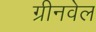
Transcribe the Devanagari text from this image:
ग्रीनवेल